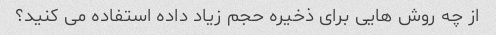
از چه روش هایی برای ذخیره حجم زیاد داده استفاده می کنید؟